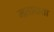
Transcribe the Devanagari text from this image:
मतादाता